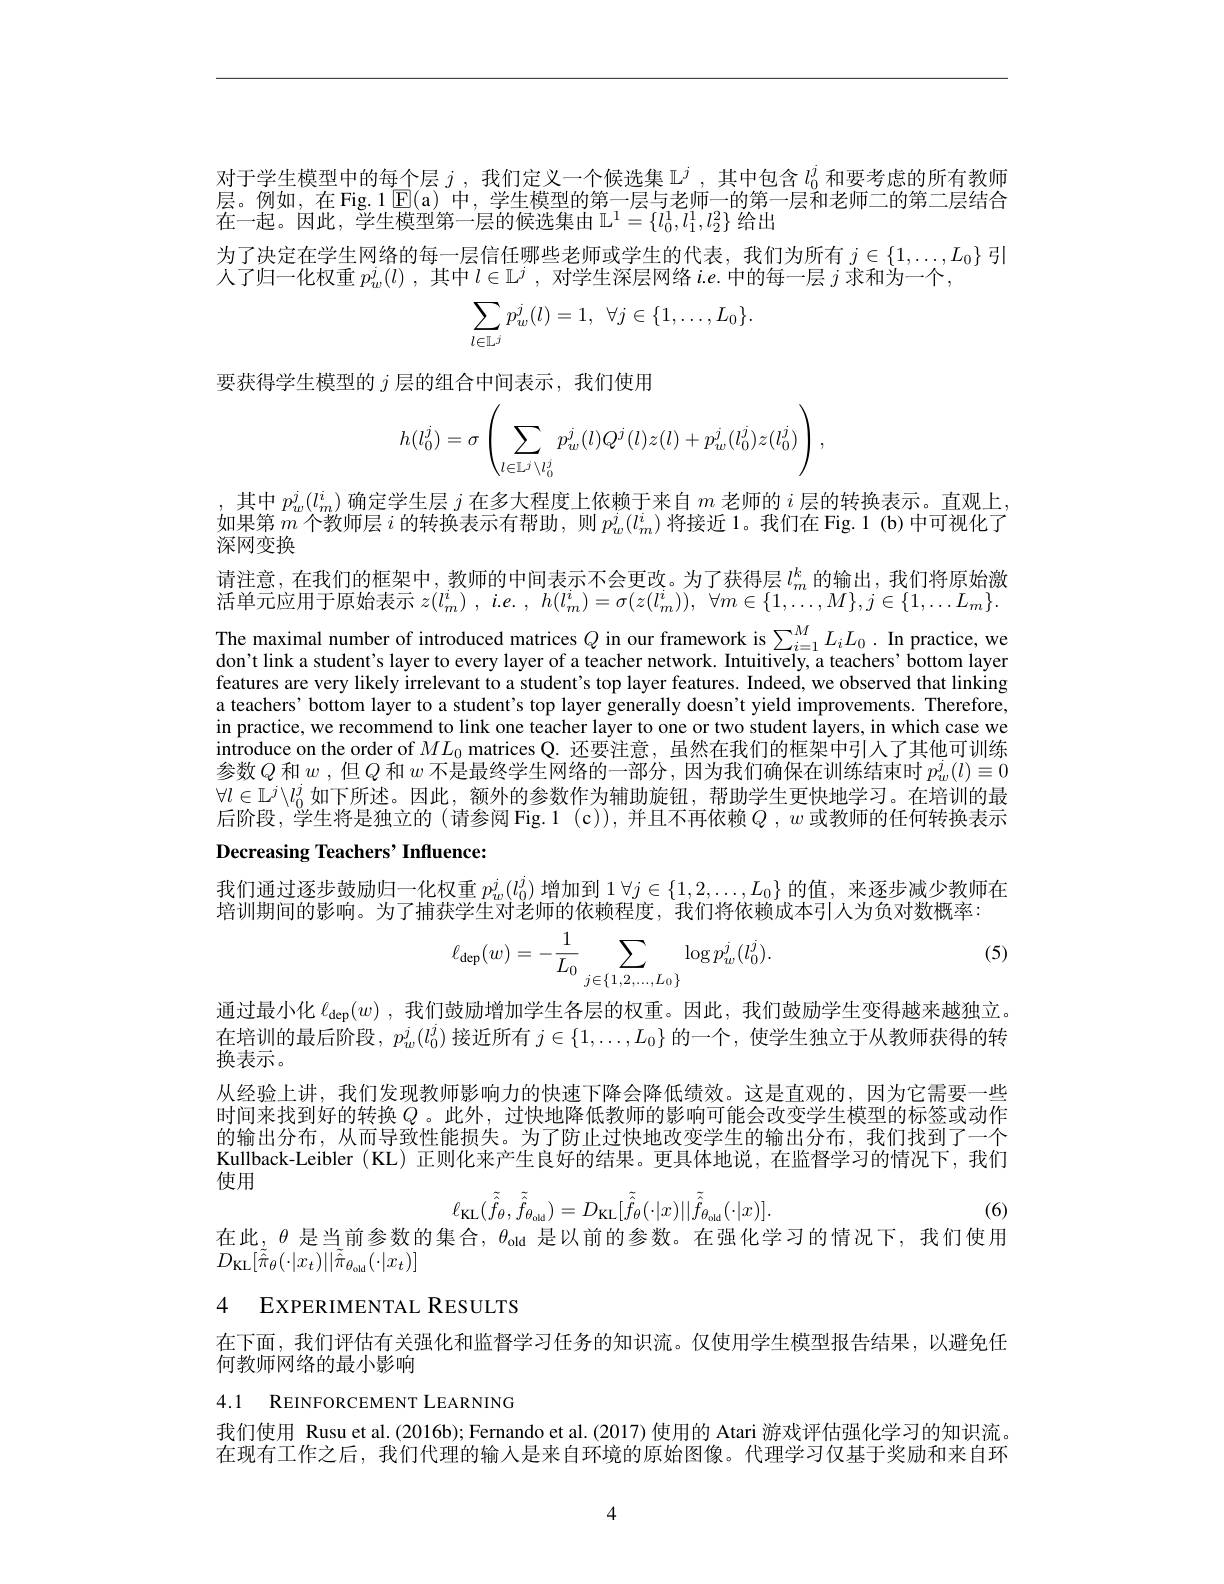
对于学生模型中的每个层$j$ ,我们定义一个候选集$\mathbb{L}^j$ ,其中包含$l_0^j$和要考虑的所有教师层。例如，在 Fig.1 $\operatorname{E}(\mathfrak{a})$中，学生模型的第一层与老师一的第一层和老师二的第二层结合在一起。因此，学生模型第一层的候选集由$\mathbb{L}^1=\{l_0^1,l_1^1,l_2^2\}$给出
为了决定在学生网络的每一层信任哪些老师或学生的代表，我们为所有$j\in\{1,\ldots,L_0\}$引
人了归一化权重$p_w^j( l)$ ,其中$l\in \mathbb{L} ^j$ ,对学生深层网络$i.e.$中的每一层$j$求和为一个，
$$\displaystyle\sum_{l\in\mathbb{L}^j}p_w^j(l)=1,\:\forall j\in\{1,\dots,L_0\}.$$
要获得学生模型的$j$层的组合中间表示，我们使用
$$h(l_0^j)=\sigma\left(\sum_{l\in\mathbb{L}^j\setminus l_0^j}p_w^j(l)Q^j(l)z(l)+p_w^j(l_0^j)z(l_0^j)\right),$$
其中$p_w^j(l_m^i)$确定学生层$j$在多大程度上依赖于来自$m$老师的$i$层的转换表示。直观上， 如果第$m$个教师层$i$的转换表示有帮助，则$p_w^j(l_m^i)$将接近 1。我们在 Fig. 1 (b)中可视化了深网变换
请注意，在我们的框架中，教师的中间表示不会更改。为了获得层$l_m^k$的输出，我们将原始激活单元应用于原始表示$z( l_{m}^{i})$ , $i. e.$ , $h( l_{m}^{i}) = \sigma ( z( l_{m}^{i}) ) $, $\forall m\in \{ 1, \ldots , M\} , j\in \{ 1, \ldots L_{m}\} .$ The maximal number of introduced matrices $Q$ in our framework is $\sum_{i=1}^ML_iL_0.$ In practice, we don't link a student's layer to every layer of a teacher network. Intuitively, a teachers’bottom layer features are very likely irrelevant to a student's top layer features. Indeed, we observed that linking a teachers' bottom layer to a student's top layer generally doesn't yield improvements. Therefore, in practice, we recommend to link one teacher layer to one or two student layers, in which case we introduce on the order of $ML_0$ matrices Q. 还要注意，虽然在我们的框架中引入了其他可训练参数$Q$ 和$w$ ,但$Q$ 和 $w$ 不是最终学生网络的一部分，因为我们确保在训练结束时 $p_w^j(l)\equiv0$ $\forall l\in\mathbb{L}^j\backslash l_0^j$如下所述。因此，额外的参数作为辅助旋钮，帮助学生更快地学习。在培训的最后阶段，学生将是独立的 (请参阅 Fig.1 (c)), 并且不再依赖$Q$ , $w$或教师的任何转换表示

## Decreasing Teachers' Influence:

我们通过逐步鼓励归一化权重$p_w^j(l_0^j)$增加到$1\forall j\in\{1,2,\ldots,L_0\}$的值，来逐步减少教师在
培训期间的影响。为了捕获学生对老师的依赖程度，我们将依赖成本引人为负对数概率：
$$\ell_{\text{dep}}(w)=-\frac{1}{L_0}\sum_{j\in\{1,2,...,L_0\}}\log p_w^j(l_0^j).$$
(5)

通过最小化$\ell_\mathrm{dep}(w)$ ,我们鼓励增加学生各层的权重。因此，我们鼓励学生变得越来越独立。在培训的最后阶段，$p_w^j(l_0^j)$接近所有$j\in\{1,\ldots,L_0\}$的一个，使学生独立于从教师获得的转换表示。
从经验上讲，我们发现教师影响力的快速下降会降低绩效。这是直观的，因为它需要一些时间来找到好的转换$Q$ 。此外，过快地降低教师的影响可能会改变学生模型的标签或动作的输出分布，从而导致性能损失。为了防止过快地改变学生的输出分布，我们找到了一个Kullback-Leibler (KL) 正则化来产生良好的结果。更具体地说，在监督学习的情况下，我们使用
$$\ell_{\mathrm{KL}}(\tilde{\hat{f}}_{\theta},\tilde{\hat{f}}_{\theta_{\mathrm{old}}})=D_{\mathrm{KL}}[\tilde{\hat{f}}_{\theta}(\cdot|x)||\tilde{\hat{f}}_{\theta_{\mathrm{old}}}(\cdot|x)].$$
(6)

在此，$\theta$是当前参数的集合，$\theta_\mathrm{old}$是以前的参数。在强化学习的情况下，我们使用
$D_{\mathrm{KL}}[\tilde{\hat{\pi}}_{\theta}(\cdot|x_{t})||\tilde{\hat{\pi}}_{\theta_{\mathrm{old}}}(\cdot|x_{t})]$

4 EXPERIMENTAL RESULTS

在下面，我们评估有关强化和监督学习任务的知识流。仅使用学生模型报告结果，以避免任
何教师网络的最小影响

4.1 REINFORCEMENT LEARNING

我们使用 Rusu et al.(2016b); Fernando et al.(2017) 使用的 Atari 游戏评估强化学习的知识流。在现有工作之后，我们代理的输人是来自环境的原始图像。代理学习仅基于奖励和来自环

4